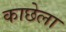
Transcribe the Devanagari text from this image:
काछेला